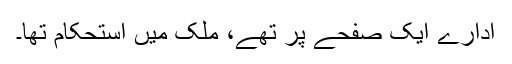
ادارے ایک صفحے پر تھے، ملک میں استحکام تھا۔